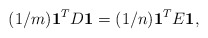
\begin{align*}(1/m) \mathbf{1}^TD\mathbf{1} = (1/n) \mathbf{1}^TE\mathbf{1},\end{align*}